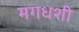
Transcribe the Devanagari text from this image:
मगधशी